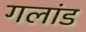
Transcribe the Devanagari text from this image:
गलांड